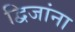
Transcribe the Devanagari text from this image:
द्विजांना